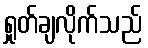
ရှုတ်ချလိုက်သည်